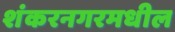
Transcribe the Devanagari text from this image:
शंकरनगरमधील